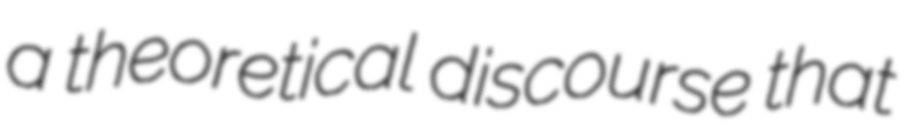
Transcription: a theoretical discourse that